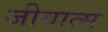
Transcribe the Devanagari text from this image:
जीवात्मे